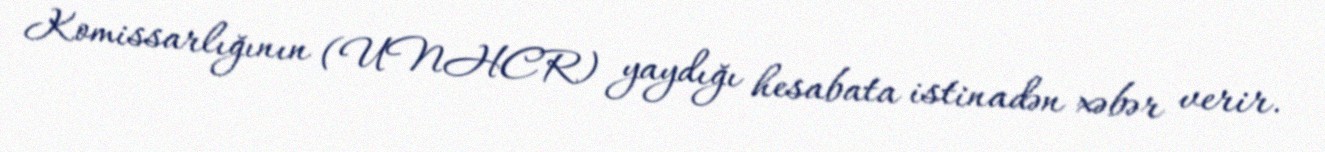
Komissarlığının (UNHCR) yaydığı hesabata istinadən xəbər verir.